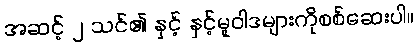
အဆင့် ၂ သင်၏ နှင့် နှင့်မူဝါဒများကိုစစ်ဆေးပါ။